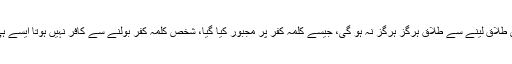
لہٰذا چھری، خنجر، لاٹھی یا گن کے زور پر کسی سے زبانی یا تحریری طلاق لینے سے طلاق ہرگز ہرگز نہ ہو گی، جیسے کلمہ کفر پر مجبور کیا گیا، شخص کلمہ کفر بولنے سے کافر نہیں ہوتا ایسے ہی بیوی کو طلاق دینے پر مجبور کئے گئے شخص کی طلاق نہیں ہوتی۔